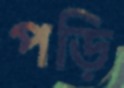
পড়ি